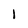
Character: 1